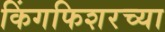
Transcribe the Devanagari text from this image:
किंगफिशरच्या